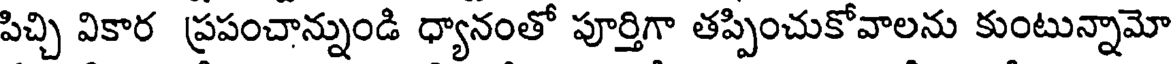
పిచ్చి వికార ప్రపంచాన్నుండి ధ్యానంతో పూర్తిగా తప్పించుకోవాలను కుంటున్నామో